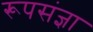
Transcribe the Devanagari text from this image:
रूपसंज्ञा